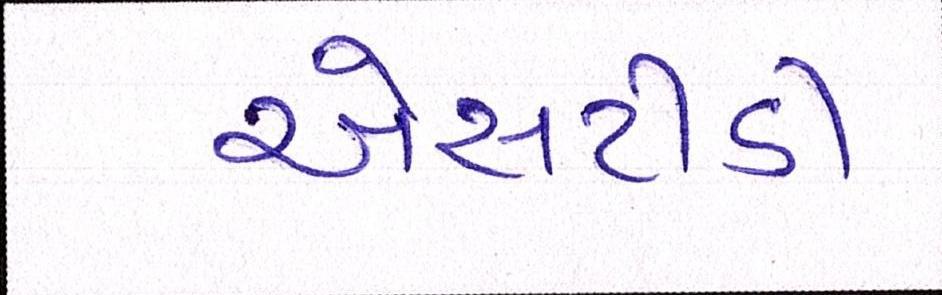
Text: એસટીડી